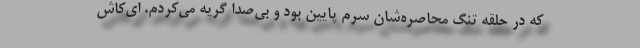
که در حلقه تنگ محاصره‌شان سرم پایین بود و بی‌صدا گریه می‌کردم. ای‌کاش